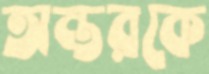
অন্তরকে